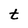
Character: t